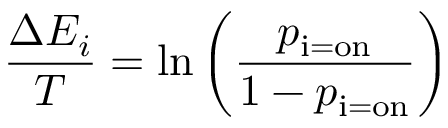
{ \frac { \Delta E _ { i } } { T } } = \ln \left( { \frac { p _ { \mathrm { i = o n } } } { 1 - p _ { \mathrm { i = o n } } } } \right)